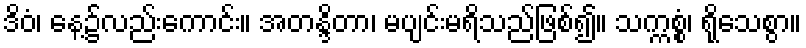
ဒိဝံ၊ နေ့၌လည်းကောင်း။ အတန္ဒိတာ၊ မပျင်းမရိသည်ဖြစ်၍။ သက္ကစ္စံ၊ ရိုသေစွာ။